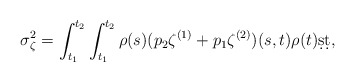
\begin{align*} \sigma_\zeta^2= \int_{t_1}^{t_2} \int_{t_1}^{t_2} \rho(s) (p_2\zeta^{(1)} + p_1\zeta^{(2)}) (s,t) \rho(t) \d s \d t,\end{align*}